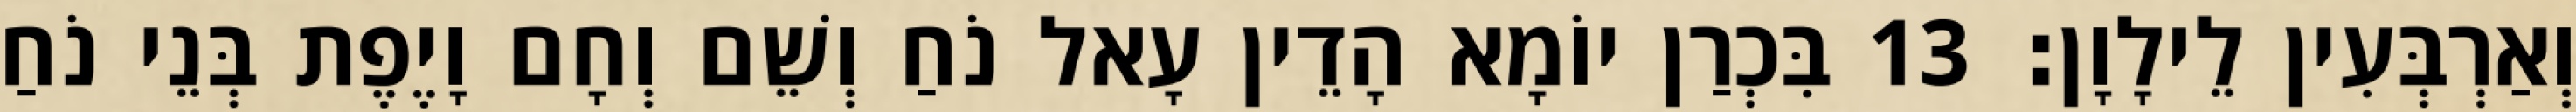
וְאַרְבְּעִין לֵילָוָן׃ 13 בִּכְרַן יוֹמָא הָדֵין עָאל נֹחַ וְשֵׁם וְחָם וָיֶפֶת בְּנֵי נֹחַ